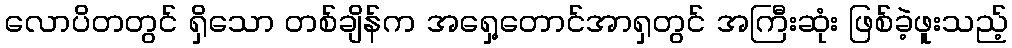
လောပိတတွင် ရှိသော တစ်ချိန်က အရှေ့တောင်အာရှတွင် အကြီးဆုံး ဖြစ်ခဲ့ဖူးသည့်